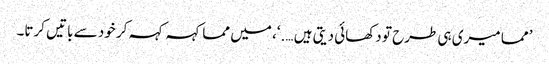
’ مما میری ہی طرح تو دکھائی دیتی ہیں ….‘، میں مما کہہ کہہ کر خود سے باتیں کرتا۔